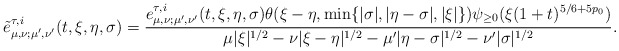
\begin{align*}\tilde{e}_{\mu, \nu;\mu',\nu'}^{ \tau,i}(t,\xi,\eta, \sigma) = \frac{{e}_{\mu, \nu;\mu',\nu'}^{ \tau,i}(t,\xi,\eta, \sigma) \theta(\xi-\eta, \min\{|\sigma|,|\eta-\sigma|,|\xi|\} )\psi_{\geq 0}(\xi(1+t)^{5/6+5p_0})}{\mu |\xi|^{1/2} -\nu|\xi-\eta|^{1/2} - \mu' |\eta-\sigma|^{1/2}-\nu'|\sigma|^{1/2}}.\end{align*}